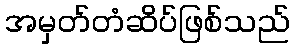
အမှတ်တံဆိပ်ဖြစ်သည်